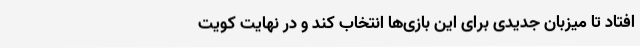
افتاد تا میزبان جدیدی برای این بازی‌ها انتخاب کند و در نهایت کویت